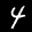
Label: 4